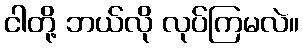
ငါတို့ ဘယ်လို လုပ်ကြမလဲ။